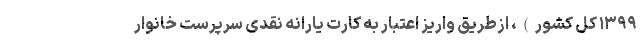
۱۳۹۹ کل کشور)، ازطریق واریز اعتبار به کارت یارانه نقدی سرپرست خانوار